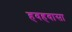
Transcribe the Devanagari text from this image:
हवहवासा